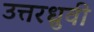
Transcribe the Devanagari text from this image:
उत्तरध्रुवी